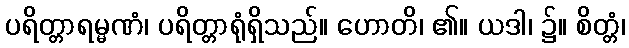
ပရိတ္တာရမ္မဏံ၊ ပရိတ္တာရုံရှိသည်။ ဟောတိ၊ ၏။ ယဒါ၊ ၌။ စိတ္တံ၊